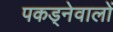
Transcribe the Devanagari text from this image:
पकड्नेवालों